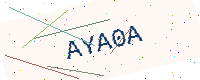
Text: AYA0A